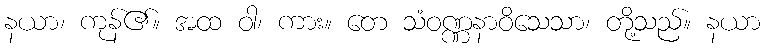
နယာ၊ ကုန်၏။ အထ ဝါ၊ ကား။ တေ သံဝဏ္ဏနာဝိသေသာ၊ တို့သည်။ နယာ